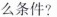
么条件?